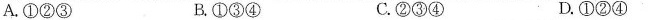
A.①②③ B.①③④ C.②③④ D.①②④